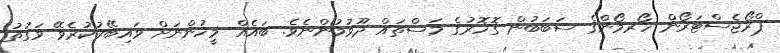
ޕްރޯޖެސްޓަރޯން ހޯރމޯންގެ ސަބަބުން ގޮހޮރުގެ މަސްތައް ދޫވުމުންނެވެ. ބައެއް މީހުންނަށް ވައިބޭރުކުރެވޭ ވަގުތު